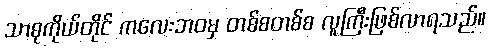
သာဓုကိုယ်တိုင် ကလေးဘဝမှ တစ်စတစ်စ လူကြီးဖြစ်လာရသည်။